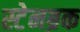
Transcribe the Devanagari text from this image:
स्टेनब्रक